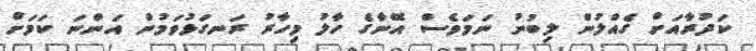
ކަދުރާއަށް ގެއްލުން ލިބުނު ނަމަވެސް އޭނާގެ ހާލު މިހާރު ރަނގަޅުވަމުން އަންނަ ކަމަށް